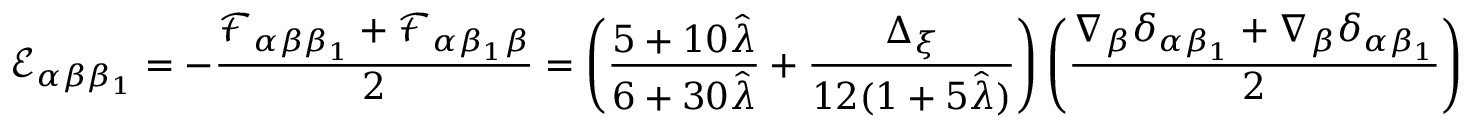
\mathcal { E } _ { \alpha \beta \beta _ { 1 } } = - \frac { \mathcal { F } _ { \alpha \beta \beta _ { 1 } } + \mathcal { F } _ { \alpha \beta _ { 1 } \beta } } { 2 } = \left( \frac { 5 + 1 0 \hat { \lambda } } { 6 + 3 0 \hat { \lambda } } + \frac { \Delta _ { \xi } } { 1 2 ( 1 + 5 \hat { \lambda } ) } \right) \left( \frac { \nabla _ { \beta } \delta _ { \alpha \beta _ { 1 } } + \nabla _ { \beta } \delta _ { \alpha \beta _ { 1 } } } { 2 } \right)